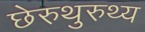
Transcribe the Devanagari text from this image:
छेरुथुरुथ्य